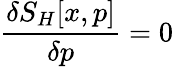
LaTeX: \frac{\delta S_{H}[x,p]}{\delta p}=0